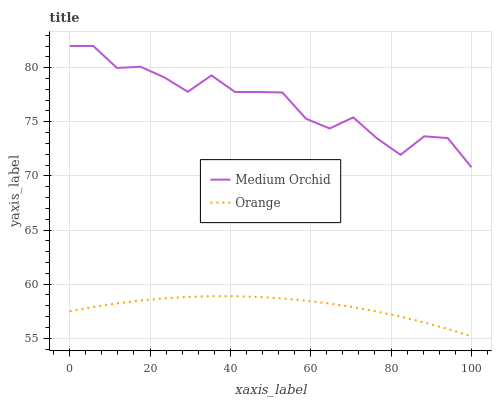
| xaxis_label | Medium Orchid | Orange |
 | --- | --- | --- |
 | 0 | 82 | 57.5 |
 | 5.88 | 82 | 57.9 |
 | 11.8 | 80 | 58.2 |
 | 17.6 | 80.1 | 58.5 |
 | 23.5 | 79.1 | 58.7 |
 | 29.4 | 77.8 | 58.8 |
 | 35.3 | 79.3 | 58.9 |
 | 41.2 | 77.7 | 58.9 |
 | 47.1 | 77.8 | 58.8 |
 | 52.9 | 77.7 | 58.7 |
 | 58.8 | 75.3 | 58.5 |
 | 64.7 | 74.4 | 58.2 |
 | 70.6 | 75.4 | 57.9 |
 | 76.5 | 73.5 | 57.5 |
 | 82.4 | 71.9 | 57 |
 | 88.2 | 73.7 | 56.5 |
 | 94.1 | 73.5 | 55.9 |
 | 100 | 70.8 | 55.2 |